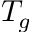
T _ { g }